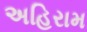
અહિરામ